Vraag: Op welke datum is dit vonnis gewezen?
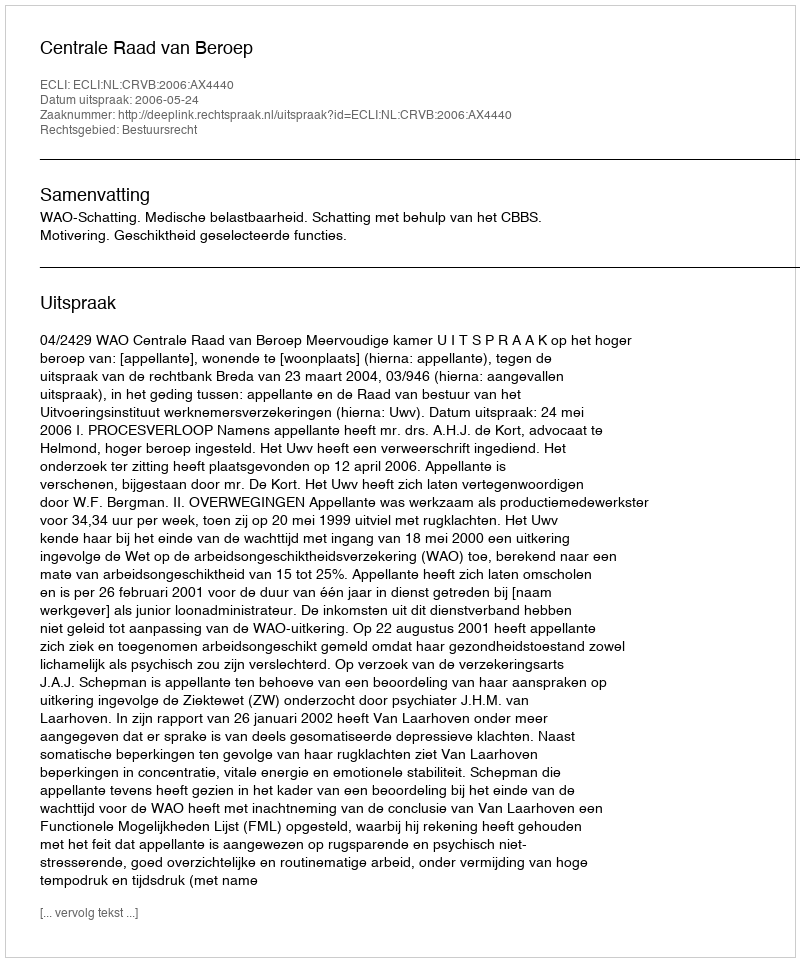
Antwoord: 2006-05-24